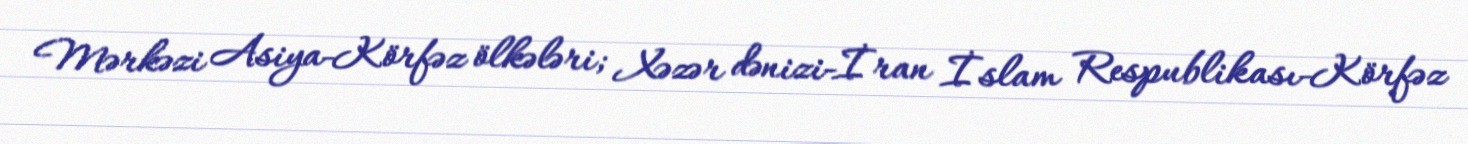
Mərkəzi Asiya-Körfəz ölkələri; Xəzər dənizi-İran İslam Respublikası-Körfəz